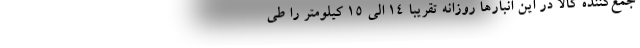
جمع‌کننده کالا در این انبارها روزانه تقریبا 14 الی 15 کیلومتر را طی